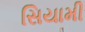
સિયામી